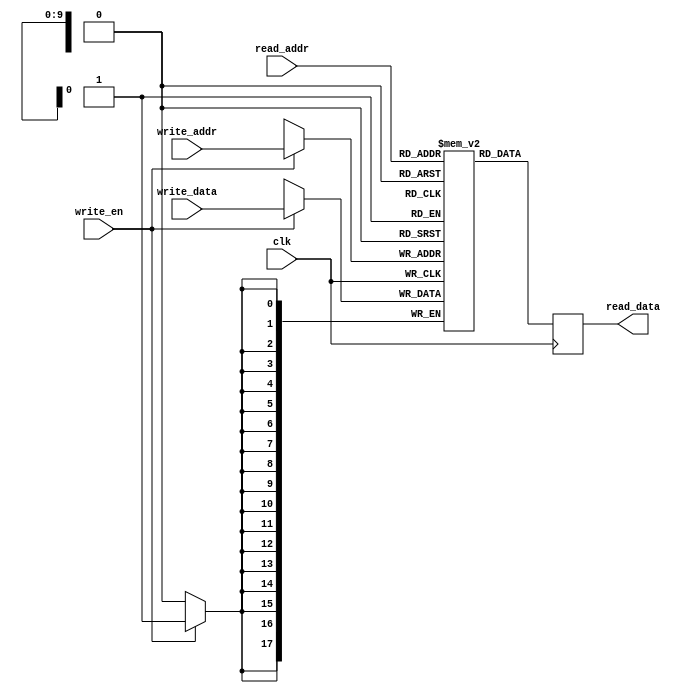
`ifndef _include_ramb_emu_
`define _include_ramb_emu_

/* RAMB18 Emulator
 * 
 * This is a block RAM 18 emulator. In the final design, it should be replaced
 * with the real macro implemented by Xilinx. The idea is that this module
 * implements the same functionality, and their interfaces should be similar
 * enough that swapping them out is a trivial procedure.
 *
 * The RAMB18 stores 1k entries of 18-bit data, and provides 2 read lines and
 * 2 write lines per block.
 *
 * In the real thing, reading and writing to the same address in the same
 * cycle is not supported. Be warned.
 */
module Ramb18Emu(
        // Read signals -- every cycle, the output will be written with the
        // contents of the memory at the given address
        input  wire [ 9:0] read_addr,
        output reg  [17:0] read_data,

        // Write signals -- when write_en is high, the input data will be
        // written to the specified address.
        input  wire [ 9:0] write_addr,
        input  wire [17:0] write_data,
        input  wire        write_en,

        input  wire        clk
    );
    // Main memory of the emulated RAMB18
    reg [17:0] memory [1023:0];
    
    // Two independent write signals, which will each write an 18-bit value to
    // the appropriate address every cycle write_en is high
    always @(posedge clk) begin
        if (write_en) begin
            memory[write_addr] <= write_data;
            // This is a debug line, which we can uncomment to see memory
            // writes as they occur (in simulation).
            //$display("%d --> [%d]", write_data_a, write_addr_a);
        end
    end
    
    always @(posedge clk) read_data <= memory[read_addr];

endmodule

`endif // _include_ramb_emu_